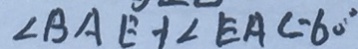
\angle B A E + \angle E A C = 6 0 ^ { \circ }